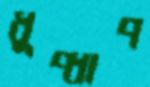
ধুপ্ধাপ